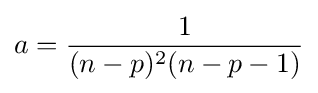
a={\frac {1}{(n-p)^{2}(n-p-1)}}